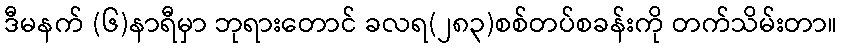
ဒီမနက် (၆)နာရီမှာ ဘုရားတောင် ခလရ(၂၈၃)စစ်တပ်စခန်းကို တက်သိမ်းတာ။